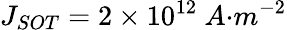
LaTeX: J_{{SOT}}=2\times{10}^{12}\ {A}{{·}}{{m}}^{{-2}}